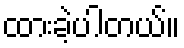
ထားခဲ့ပါတယ်။